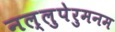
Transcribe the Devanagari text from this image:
नल्लुपेरुमनम